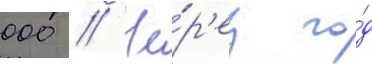
000 // Че́р'ез го́д